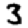
Digit: 3